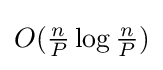
{\textstyle O({\frac {n}{P}}\log {\frac {n}{P}})}